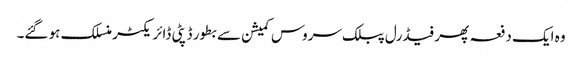
وہ ایک دفعہ پھر فیڈرل پبلک سروس کمیشن سے بطور ڈپٹی ڈائر یکٹر منسلک ہو گئے۔